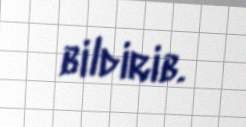
bildirib.